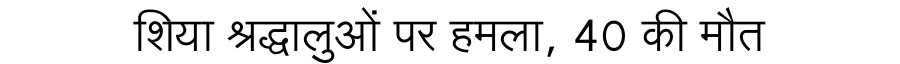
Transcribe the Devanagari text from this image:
शिया श्रद्धालुओं पर हमला, 40 की मौत